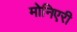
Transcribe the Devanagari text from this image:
मोनिएरी